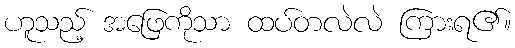
ဟူသည့် အဖြေကိုသာ ထပ်တလဲလဲ ကြားရ၏။